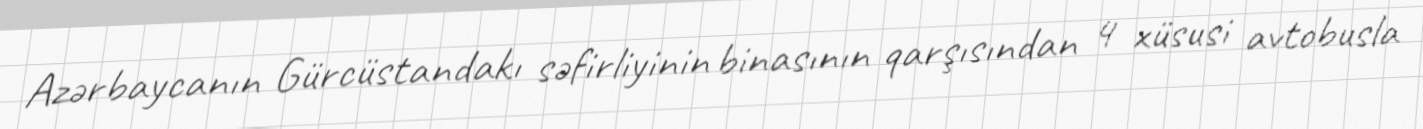
Azərbaycanın Gürcüstandakı səfirliyinin binasının qarşısından 4 xüsusi avtobusla